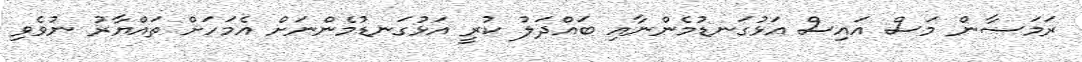
ރަމަޟާން މަސް އައިސް އަޅުގަނޑުމެންނާއި ބައްދަލު ކުރީ އަޅުގަނޑުމެންނަށް އެމަހަށް ތައްޔާރު ނުވެވި